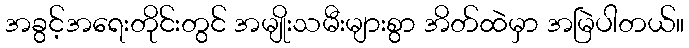
အခွင့်အရေးတိုင်းတွင် အမျိုးသမီးများစွာ အိတ်ထဲမှာ အမြဲပါတယ်။